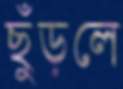
ছুঁড়লে